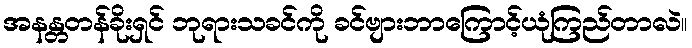
အနန္တတန်ခိုးရှင် ဘုရားသခင်ကို ခင်ဗျားဘာကြောင့်ယုံကြည်တာလဲ။